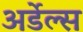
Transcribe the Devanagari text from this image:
अर्डेल्स